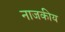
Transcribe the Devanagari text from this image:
नाजकीय